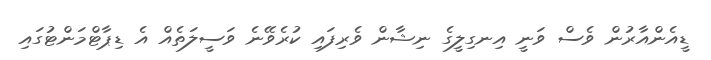
ޑީއެންއާރުން ވެސް ވަނީ އިނގިލީގެ ނިޝާން ވެރިފައި ކުރެވޭނެ ވަސީލަތެއް އެ ޑިޕާޓްމަންޓުގައި